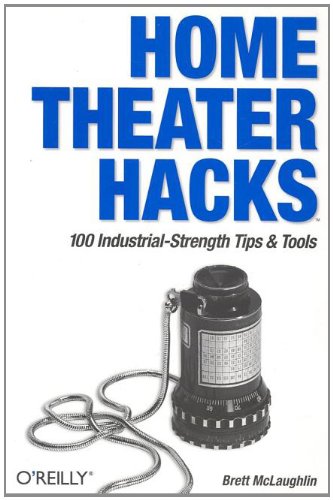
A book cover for Home Theater Hacks: 100 Industrial-Strength Tips & Tools; Brett McLaughlin; Computers & Technology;